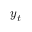
\boldsymbol y _ { t }